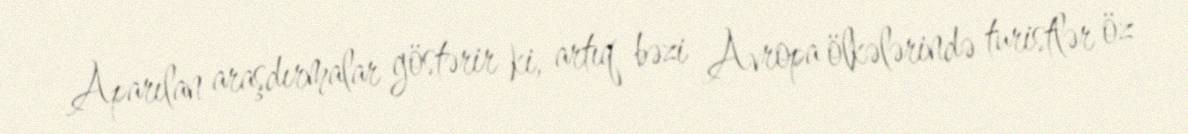
Aparılan araşdırmalar göstərir ki, artıq bəzi Avropa ölkələrində turistlər öz